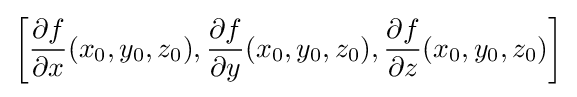
\left[{\frac {\partial f}{\partial x}}(x_{0},y_{0},z_{0}),{\frac {\partial f}{\partial y}}(x_{0},y_{0},z_{0}),{\frac {\partial f}{\partial z}}(x_{0},y_{0},z_{0})\right]